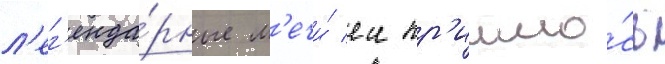
л'ег'енда́рные м'ечи́ еи пр'ишло́сь